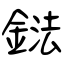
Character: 鍅